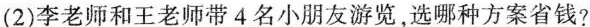
(2)李老师和王老师带4名小朋友游览，选哪种方案省钱?